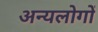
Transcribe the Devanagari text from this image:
अन्यलोगों